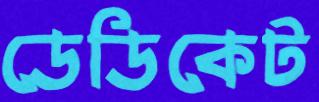
ডেডিকেট